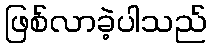
ဖြစ်လာခဲ့ပါသည်